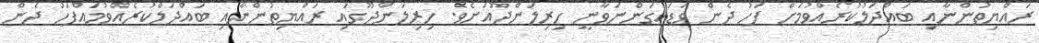
ރައްޔިތުންނާއި ބައްދަލުކުރެއްވުމަށް ފަހު ދެން ވަޑައިގަންނަވާނީ ހިރިލަންދޫއަށެވެ. ހިރިލަންދޫގައި ރައްޔިތުންނާއި ބައްދަލްކުރެއްވުމައްފަހު ދެން